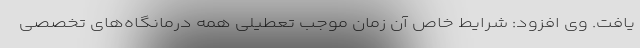
یافت. وی افزود: شرایط خاص آن زمان موجب تعطیلی همه درمانگاه‌های تخصصی